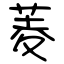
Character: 菱